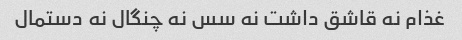
غذام نه قاشق داشت نه سس نه چنگال نه دستمال